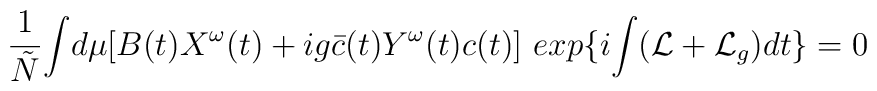
\frac{1}{\tilde{N}}{\int}d\mu [B(t)X^{\omega}(t) +ig\bar{c}(t)Y^{\omega}(t)c(t)]\ exp\{i {\int}({\cal L}+{\cal L}_{g})dt\} =0